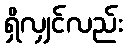
ရှိလျှင်လည်း